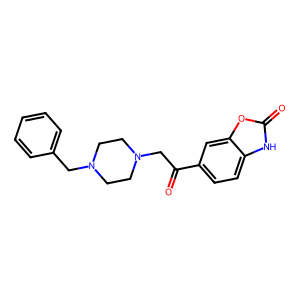
SMILES: O=C(CN1CCN(Cc2ccccc2)CC1)c1ccc2[nH]c(=O)oc2c1
Inhibits HIV replication: No